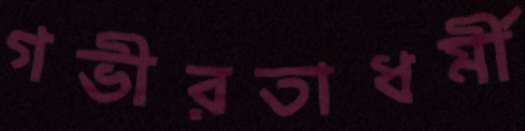
গভীরতাধর্মী